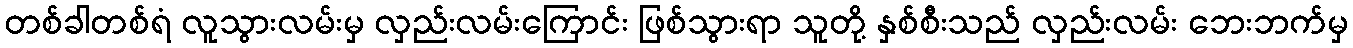
တစ်ခါတစ်ရံ လူသွားလမ်းမှ လှည်းလမ်းကြောင်း ဖြစ်သွားရာ သူတို့ နှစ်စီးသည် လှည်းလမ်း ဘေးဘက်မှ